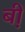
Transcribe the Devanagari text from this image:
बी़